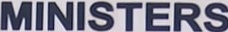
MINISTERS